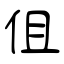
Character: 伹